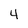
Character: 4